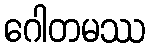
ဂေါတမဿ